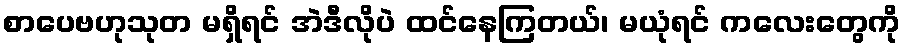
စာပေဗဟုသုတ မရှိရင် အဲဒီလိုပဲ ထင်နေကြတယ်၊ မယုံရင် ကလေးတွေကို